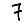
Digit: 7